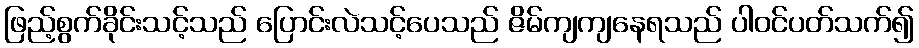
ဖြည့်စွက်ခိုင်းသင့်သည် ပြောင်းလဲသင့်ပေသည် ဇိမ်ကျကျနေရသည် ပါဝင်ပတ်သက်၍